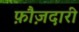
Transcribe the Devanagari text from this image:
फ़ौज़दारी